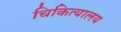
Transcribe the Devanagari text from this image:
चिकित्यालय